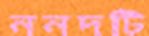
ননদটি